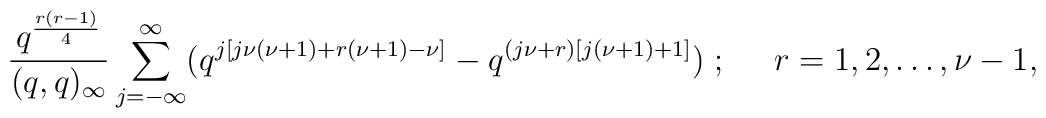
\frac{q^{\frac{r(r-1)}{4}}}{(q,q)_{\infty}}\sum_{j=-\infty}^{\infty}(q^{j[j\nu(\nu+1)+r(\nu+1)-\nu]}-q^{(j\nu+r)[j(\nu+1)+1]})\;;\;\;\;\;\; r=1,2,\ldots,\nu-1,